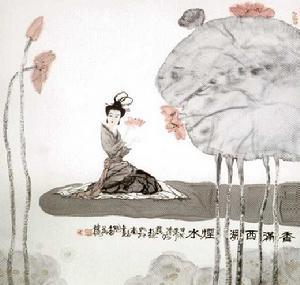
燕忙莺懒芳残，正堤上柳花飘坠。